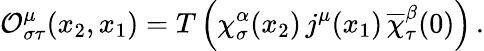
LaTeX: {\cal O}_{\sigma\tau}^{\mu}(x_{2},x_{1})=T\left(\chi_{\sigma}^{\alpha}(x_{2})\, j^{\mu}(x_{1})\, \overline{{\chi}}_{\tau}^{\beta}(0)\right)\, .